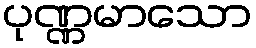
ပုဏ္ဏမာသော